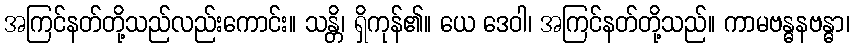
အကြင်နတ်တို့သည်လည်းကောင်း။ သန္တိ၊ ရှိကုန်၏။ ယေ ဒေဝါ၊ အကြင်နတ်တို့သည်။ ကာမဗန္ဓနဗန္ဓာ၊